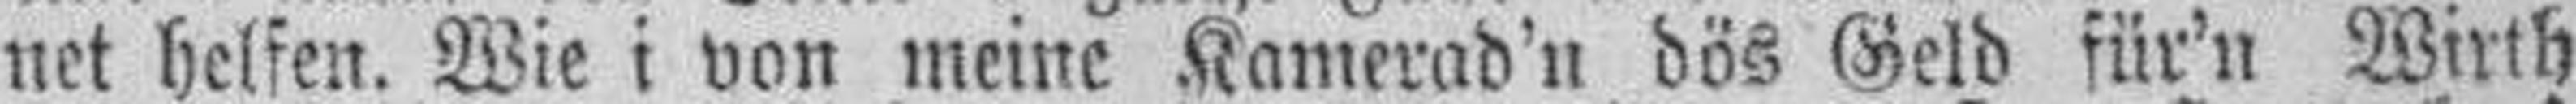
net helfen. Wie i von meine Kamerad'n dös Geld für'n Wirth